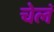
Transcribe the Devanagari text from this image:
चेलं